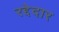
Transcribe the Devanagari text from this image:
रद्देदार